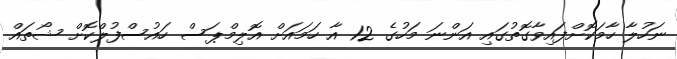
ނަހުލާ ހާމަކޮށްފައިވާގޮތުގައި އަންނަ މަހުގެ 12 އާ ހަމައަށް އޮލިމްޕަސް ހައުސްފުލްކޮށް ޝޯތައް